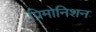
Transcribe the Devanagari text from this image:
प्रिमोनिशन